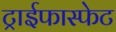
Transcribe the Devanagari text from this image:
ट्राईफास्फेट